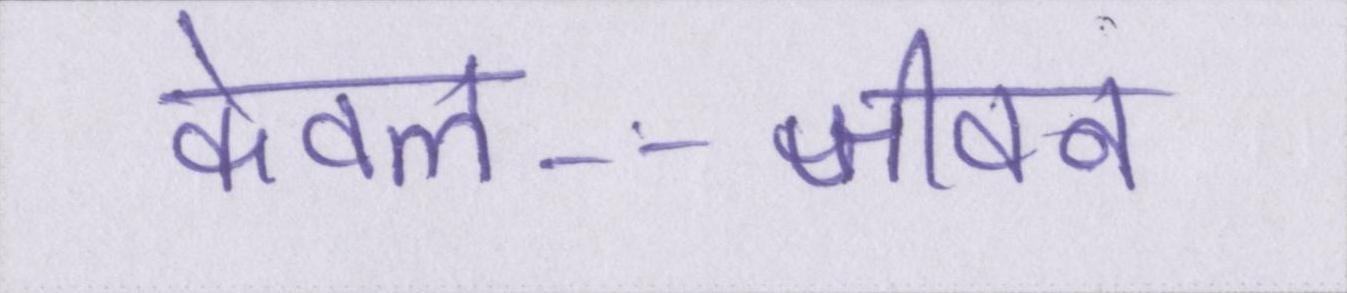
केवल--जीवन